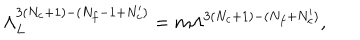
\Lambda _ { L } ^ { 3 ( N _ { c } + 1 ) - ( N _ { f } - 1 + N _ { c } ^ { \prime } ) } = m \Lambda ^ { 3 ( N _ { c } + 1 ) - ( N _ { f } + N _ { c } ^ { \prime } ) } ,